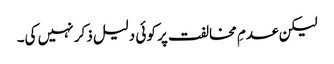
لیکن عدمِ مخالفت پر کوئی دلیل ذکر نہیں کی۔